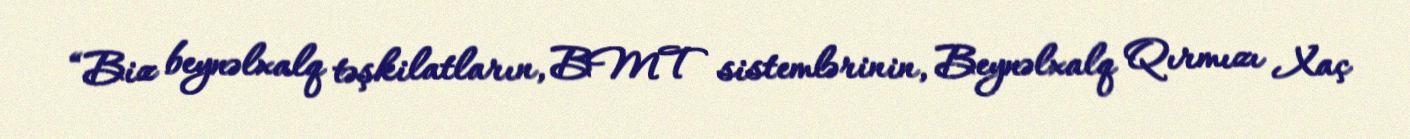
“Biz beynəlxalq təşkilatların, BMT sistemlərinin, Beynəlxalq Qırmızı Xaç